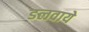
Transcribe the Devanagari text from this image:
डलवाये